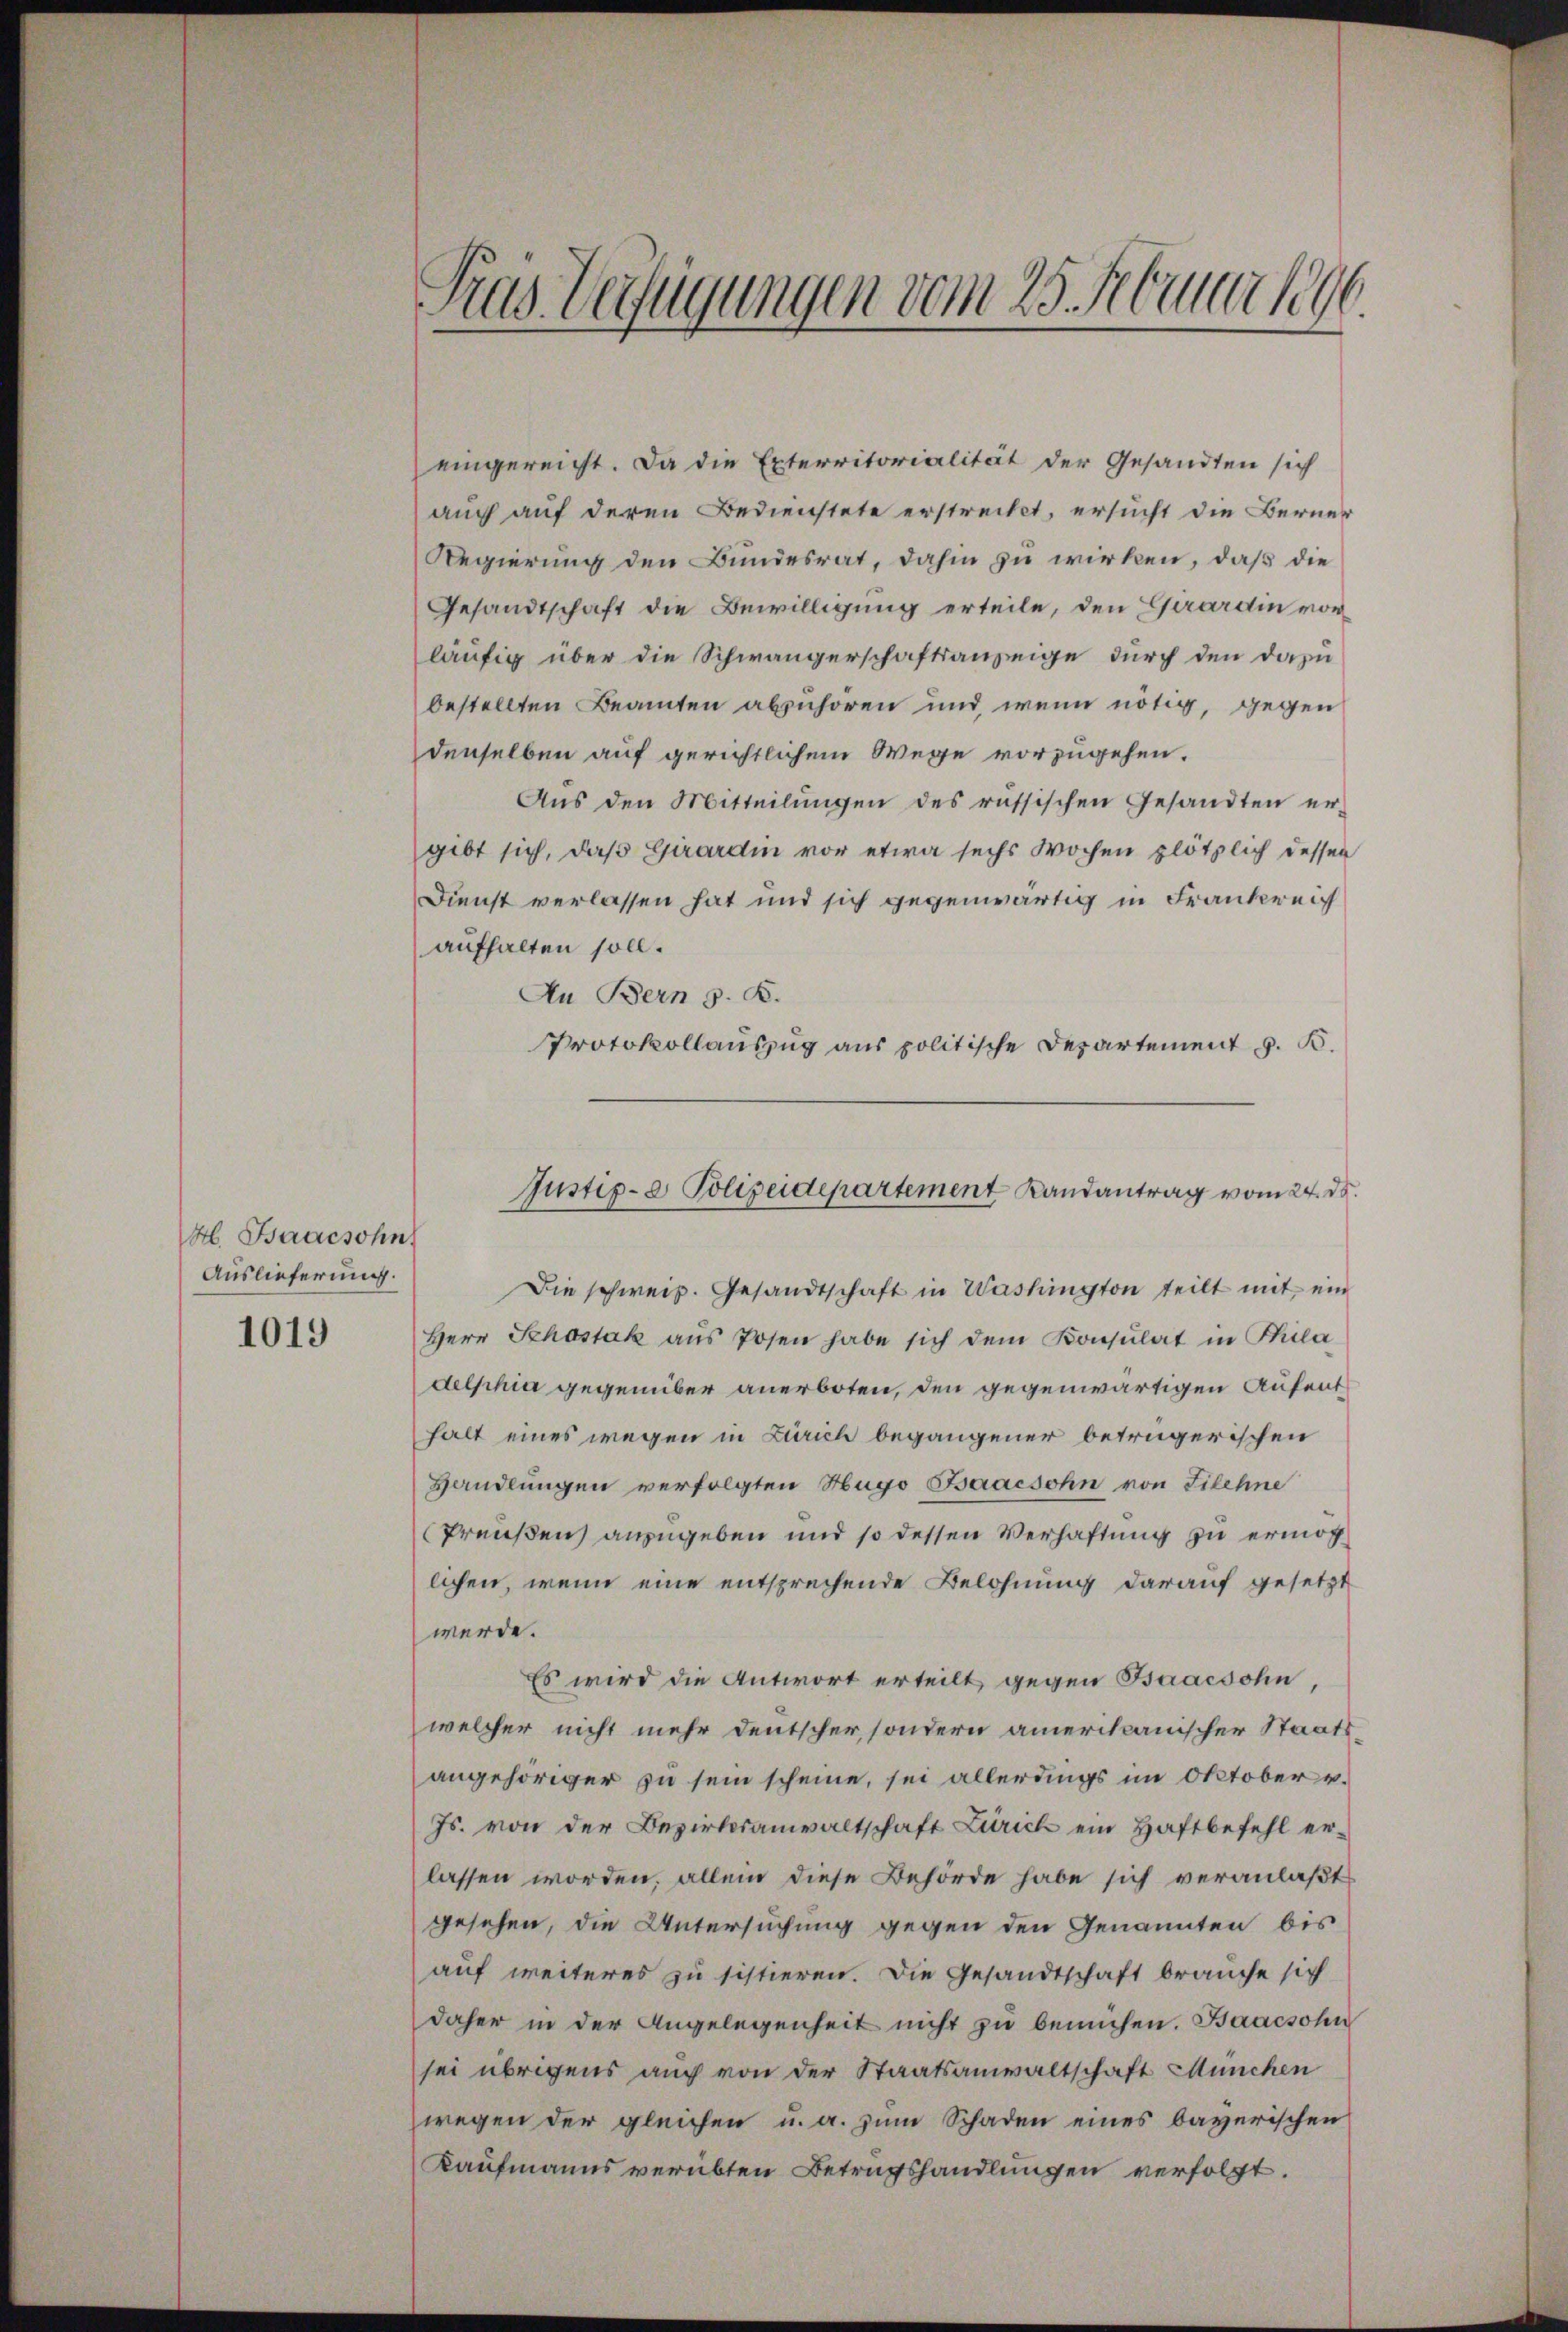
H. Baucsohn
Auslieferung.

eingereicht. Da die Exterritorialität der Gesandten sich
auch auf deren Bedienstete erstrecket, ersucht die Berner
Regierung den Bundesrat, dahin zu wirken, daß die
Gesandtschaft die Bewilligung erteile, den Girardin vor
läufig über die Schwängerschaftsanzeige durch den dazu
bestellten Beamten abzuhören und wenn nötig, gegen
denselben auf gerichtlichem Wege vorzugehen.
Aus den Mitteilŭngen des russischen Gesandten er-
gibt sich, daß Girardin vor etwa sechs Wochen plötzlich dessen
Dienst verlassen hat und sich gegenwärtig in Frankreich
aufhalten soll.
An Bern z. B.
Protokollauszug aus politische Departement z. B.

Tras Verfügungen vom 25. Manuar 1896.

Justiz- & Polizeidepartement Randantrag vom 24. ds.

Die schweiz. Gesandtschaft in Washington teilt mit ein
1019 Herr Schostak aŭs Posen habe sich dem Konsulat in Phila
delphia gegenüber anerboten, den gegenwärtigen Aufenthalt eines wegen in Zürich begangener betrügerischen
Handlungen verfolgten Hugo Baacsohn von Filehne
Preußen anzugeben und so dessen Verhaftung zu ermöglichen, wenn eine entsprechende Belohnung darauf gesetzt
werde.
Es wird die Antwort erteilt gegen Baacsohn,
welcher nicht mehr deutscher, sondern amerikanischer Staats-
angehöriger zu sein scheine, sei allerdings im Oktober u.
Js. von der Bezirksanwaltschaft Zürich ein Haftbefehl er-
lassen worden, allein diese Behörde habe sich veranlaßt
gesehen, die Untersuchung gegen den Genannten bis
auf weiteres zu sistieren. Die Gesandtschaft brauche sich
daher in der Angelegenheit nicht zu bemühen. Baacsohn
sei übrigens auch von der Staatsanwaltschaft München
wegen der gleichen u. a. zum Schaden eines bayerischen
Kaufmanns verübten Betrugshandlungen verfolgt.